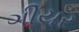
ગીયર